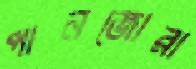
পানজোরা